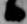
候